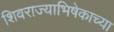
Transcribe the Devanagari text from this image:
शिवराज्याभिषेकाच्या